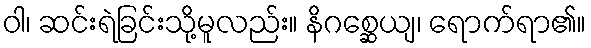
ဝါ၊ ဆင်းရဲခြင်းသို့မူလည်း။ နိဂစ္ဆေယျ၊ ရောက်ရာ၏။